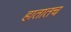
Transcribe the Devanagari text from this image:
हातातच